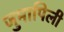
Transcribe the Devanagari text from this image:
जुमापिली